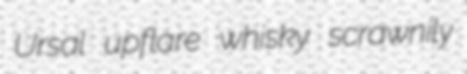
Ursal upflare whisky scrawnily